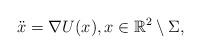
LaTeX: \begin{align*}\ddot x = \nabla U(x), x \in \mathbb{R}^2 \setminus \Sigma,\end{align*}